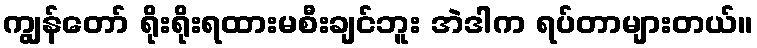
ကျွန်တော် ရိုးရိုးရထားမစီးချင်ဘူး အဲဒါက ရပ်တာများတယ်။